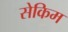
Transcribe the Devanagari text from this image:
सेकिम